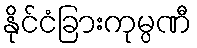
နိုင်ငံခြားကုမ္ပဏီ